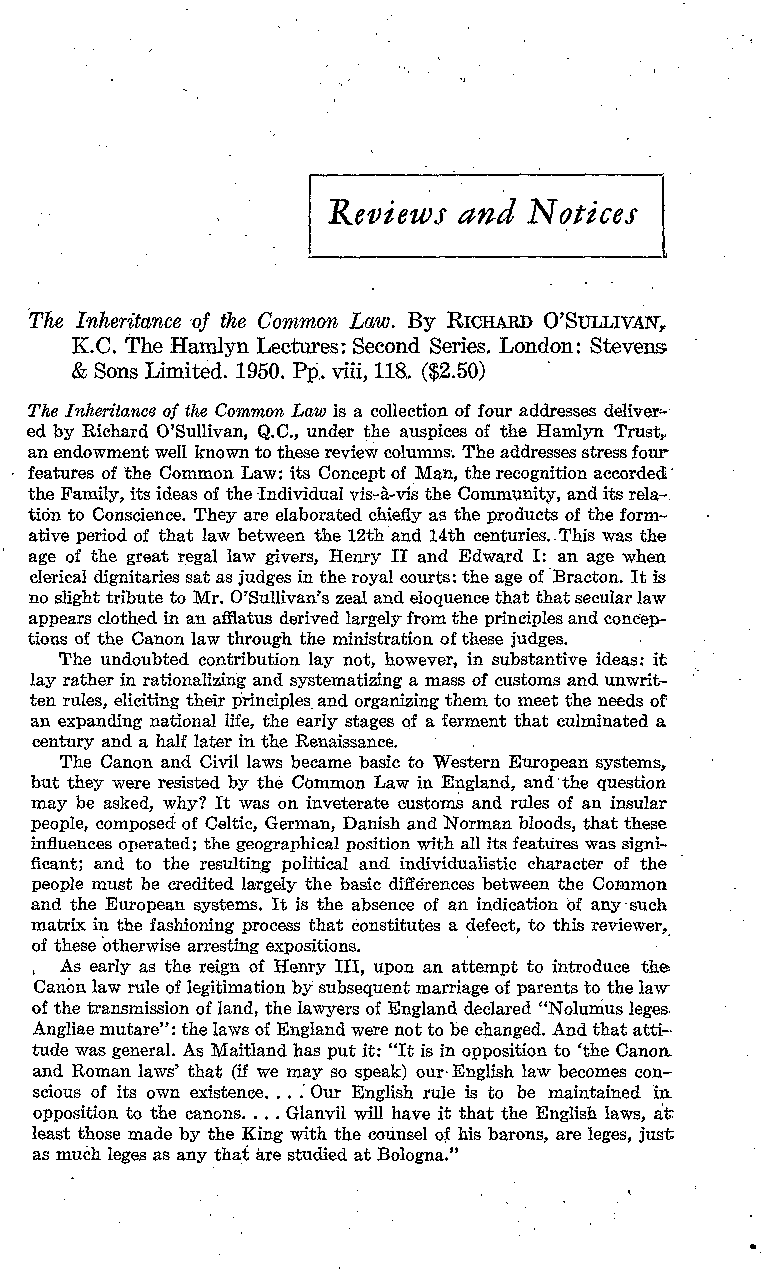
Reviews and  Notices
 The Inheritance of the Common Law. By RICHARD O'SULLIVAN,
 K.C. TheHamlyn Lectures:Second Series. London: Stevens
 &Sons Limited. 1950. Pp.viii,118. ($2.50)
 TheInheritance of the Common Law is a collection offour addresses deliver-
 ed by Richard O'Sullivan, Q.C., under the auspices of the Hamlyn Trust,,
 anendowment well knowntothesereview columns. Theaddressesstress four
 featuresofthe CommonLaw: its Conceptof Man, therecognitionaccorded
 the Family, its ideas of the Individual vis-à-vis the Community, and itsrela-.
 tiônto Conscience. They are elaborated chiefly as the products of theform-
 ativeperiod of that law between the 12th and 14th centuries..This was the
 age of the great regal law givers, Henry II and Edward I:_an age when
 clerical dignitaries sat asjudges in theroyal courts:theage of Bracton.Itis
 noslight tribute toMr.O'Sullivan'szeal and eloquence that thatsecular law
 appears clothedinanafflatus derived largely fromthe principlesandconcep-
 tions of the Canonlaw through theministration ofthese judges.
 The undoubted contribution lay not, however, in substantive ideas: it
 lay ratherinrationalizing andsystematizing a mass ofcustoms andunwrit-
 ten rules, eliciting theirprinciples_andorganizingthem tomeetthe needs of
 an expanding national life, the earlystages of a ferment that culminated a
 century andahalflaterinthe Renaissance.
 The Canon and Civil laws became basicto Western European systems,
 but they were resisted by the Common Law inEngland, and the question
 may be asked, why? It was on inveterate customs and rules of an insular
 people, composed ofCeltic, German, Danish andNorman bloods, thatthese
 influences operated;the geographical position with allits features wassigni-
 ficant; and to the resulting political and individualistic character of the
 people must be creditedlargely the basic diffdrences between the Common
 and the European systems. It is the absence of an indication of any-such
 matrix inthe fashioning process that constitutes a defect, to this reviewer,
 of theseotherwise arresting expositions.
 As early as the reign of Henry III, upon an attempt to introduce the.
 Canonlaw rule of legitimation bysubsequent marriage ofparents tothelaw
 ofthe transmission of land, thelawyers ofEngland declared "Nolumus leges.
 Angliae mutare":thelaws of Englandwere not to be changed. Andthat atti-
 tude was general.As Maitland has put it: "Itis in oppositionto `the Canon.
 and Roman laws' that (if we mayso speak) our English law becomes con-
 scious of its own existence. . . .Our English rule is to be maintained in_
 opposition to the canons. . . .Glanvil will have it that the English laws, at
 least thosemade bythe King with the counsel of his barons, areleges, just
 as much legesasanythat arestudied atBologna."